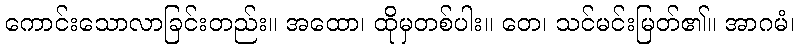
ကောင်းသောလာခြင်းတည်း။ အထော၊ ထိုမှတစ်ပါး။ တေ၊ သင်မင်းမြတ်၏။ အာဂမံ၊